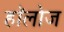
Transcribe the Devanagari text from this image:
हाॅलोज